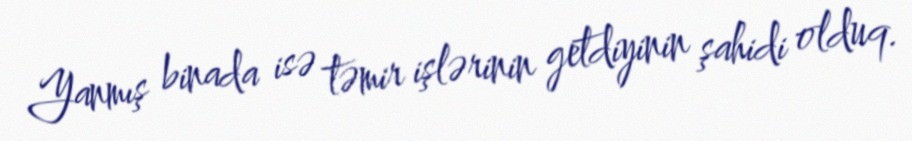
Yanmış binada isə təmir işlərinin getdiyinin şahidi olduq.